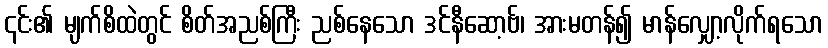
၎င်း၏ မျက်စိထဲတွင် စိတ်အညစ်ကြီး ညစ်နေသော ဒင်နီဆော့ဗ်၊ အားမတန်၍ မာန်လျှော့လိုက်ရသော